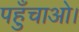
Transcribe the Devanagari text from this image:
पहुँचाओ।